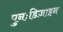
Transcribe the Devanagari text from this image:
पुनःडिज़ाइन